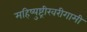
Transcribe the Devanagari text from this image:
महिष्युष्ट्रीखरीगामी